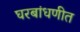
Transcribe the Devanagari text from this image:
घरबांधणीत